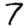
Digit: 7